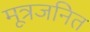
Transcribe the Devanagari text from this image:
मूत्रजनित